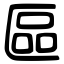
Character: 區